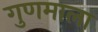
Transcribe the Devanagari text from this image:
गुणमाला